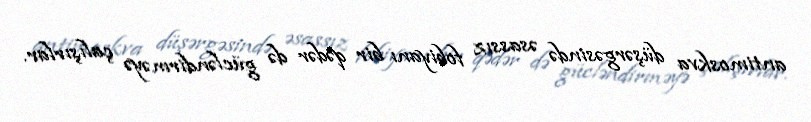
antimoskva düşərgəsində əsassız fobiyanı bir qədər də gücləndirməyə çalışırlar.